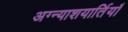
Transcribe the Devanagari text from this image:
अग्न्याशयार्तियाँ